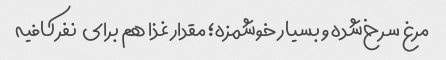
مرغ سرخ‌شده و بسیار خوشمزه؛ مقدار غذا هم برای  نفر کافیه